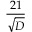
\frac { 2 1 } { \sqrt { D } }